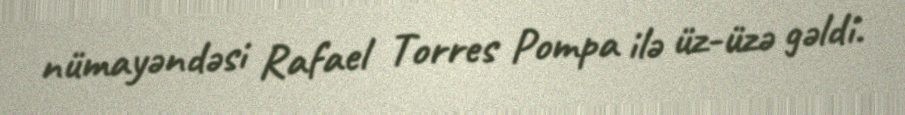
nümayəndəsi Rafael Torres Pompa ilə üz-üzə gəldi.